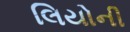
લિયોની